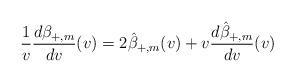
LaTeX: \begin{align*} \frac{1}{v}\frac{d\beta_{+,m}}{dv}(v)=2\hat{\beta}_{+,m}(v)+v\frac{d\hat{\beta}_{+,m}}{dv}(v)\end{align*}